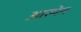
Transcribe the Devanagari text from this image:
आस्पेन